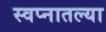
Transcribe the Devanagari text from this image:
स्वप्नातल्या